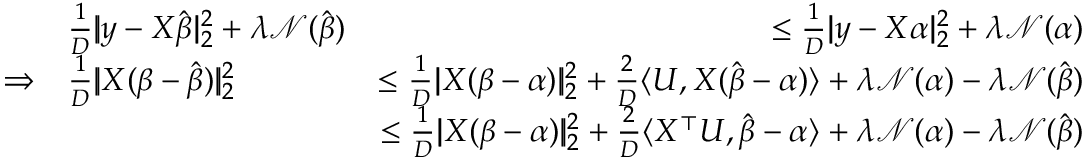
\begin{array} { r l r } & { \frac 1 D | \! | \boldsymbol { y } - X \hat { \boldsymbol { \beta } } | \! | _ { 2 } ^ { 2 } + \lambda \mathcal N ( \hat { \boldsymbol { \beta } } ) } & { \leq \frac 1 D | \! | \boldsymbol { y } - X \boldsymbol { \alpha } | \! | _ { 2 } ^ { 2 } + \lambda \mathcal N ( { \boldsymbol { \alpha } } ) } \\ { \Rightarrow } & { \frac 1 D | \! | X ( \boldsymbol { \beta } - \hat { \boldsymbol { \beta } } ) | \! | _ { 2 } ^ { 2 } } & { \leq \frac 1 D | \! | X ( \boldsymbol { \beta } - \boldsymbol { \alpha } ) | \! | _ { 2 } ^ { 2 } + \frac 2 D \langle \boldsymbol { U } , X ( \hat { \boldsymbol { \beta } } - \boldsymbol { \alpha } ) \rangle + \lambda \mathcal N ( \boldsymbol { \alpha } ) - \lambda \mathcal N ( \hat { \boldsymbol { \beta } } ) } \\ & { } & { \leq \frac 1 D | \! | X ( \boldsymbol { \beta } - \boldsymbol { \alpha } ) | \! | _ { 2 } ^ { 2 } + \frac 2 D \langle X ^ { \top } \boldsymbol { U } , \hat { \boldsymbol { \beta } } - \boldsymbol { \alpha } \rangle + \lambda \mathcal N ( \boldsymbol { \alpha } ) - \lambda \mathcal N ( \hat { \boldsymbol { \beta } } ) } \end{array}